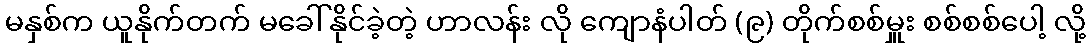
မနှစ်က ယူနိုက်တက် မခေါ်နိုင်ခဲ့တဲ့ ဟာလန်း လို ကျောနံပါတ် (၉) တိုက်စစ်မှူး စစ်စစ်ပေါ့ လို့